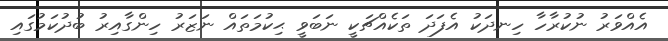
އެއްވަރު ނުކުރާހާ ހިނދަކު އެފަދަ ތަކެއްޗަކީ ނަބަވީ ޙިކުމަތައް ނަޒަރު ހިންގާއިރު ބުދުކަމުގައި